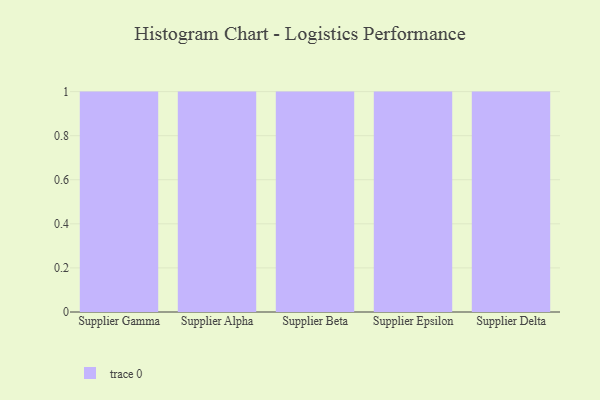
{"axis": {"x": "Supplier", "y": "Net Income (USD K)"}, "legend": [""], "data": [{"x": "Supplier Gamma", "y": 19, "type": ""}, {"x": "Supplier Alpha", "y": 11, "type": ""}, {"x": "Supplier Beta", "y": 7, "type": ""}, {"x": "Supplier Epsilon", "y": 22, "type": ""}, {"x": "Supplier Delta", "y": 88, "type": ""}]}